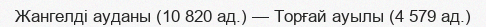
Жангелді ауданы (10 820 ад.) — Торғай ауылы (4 579 ад.)